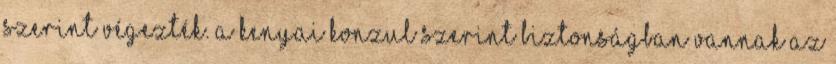
szerint végezték. A kenyai konzul szerint biztonságban vannak az